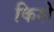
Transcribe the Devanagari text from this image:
किशे